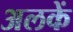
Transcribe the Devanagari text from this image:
अलकें